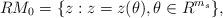
LaTeX: \begin{align*}RM_{0} = \{ z: z=z(\theta), \theta \in R^{m_{s}}\},\end{align*}